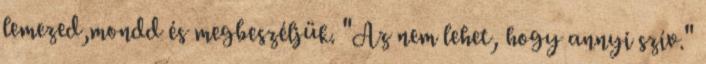
lemezed,mondd és megbeszéljük. "Az nem lehet, hogy annyi szív."